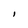
Character: I